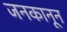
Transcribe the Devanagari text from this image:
जनकानून